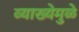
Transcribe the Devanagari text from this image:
व्याख्येमुळे